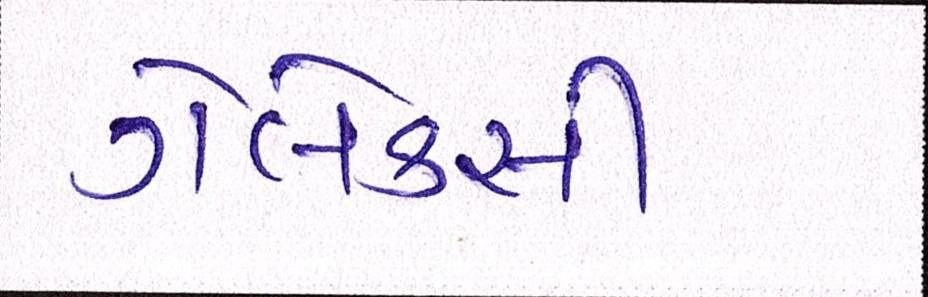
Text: ગેલેક્સી